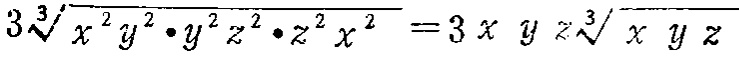
$3\sqrt[3]{x^{2}y^{2}\cdot y^{2}z^{2}\cdot z^{2}x^{2}} = 3xyz\sqrt[3]{xyz}$